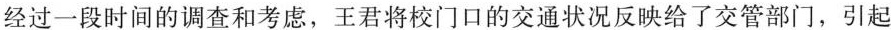
经过一段时间的调查和考虑，王君将校门口的交通状况反映给了交管部门，引起